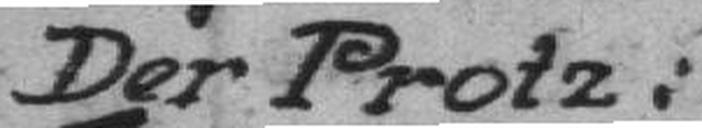
Der Protz: